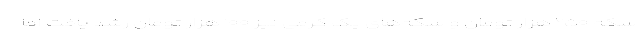
سکه ۲۵۰ هزار تومان و سکه‌های یک گرمی نیز ۱۰۰ هزار تومان رشد یافت اما